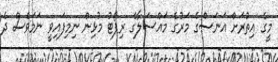
މީގެ އިތުރަށް އަނަސްގެ މަރުގެ މައްސަލާގެ ރިޕޯޓު މުޅިން ނިމިފައިވީ ނަމަވެސް ދެ